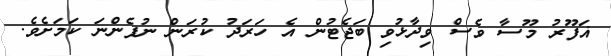
ޣަފޫރު މޫސާ ވެސް ވިދާޅުވި ބަޖެޓުން އެ ހަރަދު ކުރަން ނުފެންނަ ކަމަށެވެ.